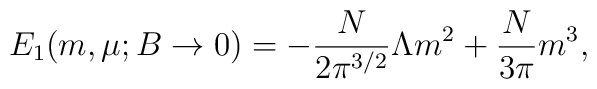
E_1 (m,\mu;B\to0)  = -\frac{N}{2\pi^{3/2}}\Lambda m^2 +\frac{N}{3\pi}m^3,